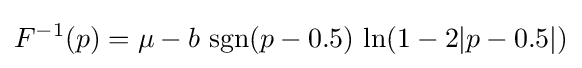
F^{-1}(p)=\mu -b\,\operatorname {sgn}(p-0.5)\,\ln(1-2|p-0.5|)